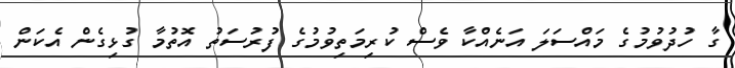
ގާ ހުދުވުމުގެ މައްސަލަ އަނެއްކާ ވެސް ކުރިމަތިވުމުގެ ފުރުސަތު އޮތުމާ ގުޅިގެން އެކަން